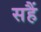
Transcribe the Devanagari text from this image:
सहैं